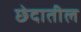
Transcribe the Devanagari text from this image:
छेदातील